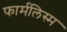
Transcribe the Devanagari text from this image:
फार्मलिस्म